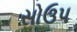
સોઉપ